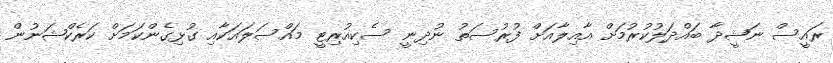
ރައީސް ނަޝީދާ ބައްދަލުކުރުމަށް އާއިލާއަށް ފުރުސަތު ނުދިނީ ސެކިއުރިޓީ މައްސަލައަކާއި ގުޅިގެންކަމަށް ކަރެކްޝަނުން